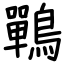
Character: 鷤